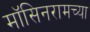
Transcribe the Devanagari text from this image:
मॉसिनरामच्या